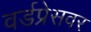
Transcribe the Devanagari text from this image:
वर्डप्रेसवर